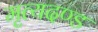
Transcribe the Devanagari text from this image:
मृत्यदण्ड